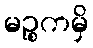
မဉ္စကမှိ